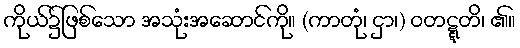
ကိုယ်၌ဖြစ်သော အသုံးအဆောင်ကို။ (ကာတုံ၊ ငှာ၊) ဝတဋ္ဋတိ၊ ၏။